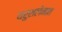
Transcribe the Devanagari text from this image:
यरुशलेमात